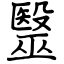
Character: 毉